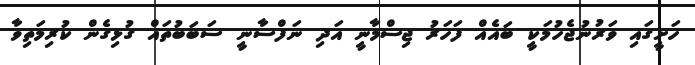
ހަށީގައި ވަރުނުޖެހުމަކީ ބައެއް ފަހަރު ޖިސްމާނީ އަދި ނަފްސާނީ ސަބަބުތައް ގުޅިގެން ކުރިމަތިވާ